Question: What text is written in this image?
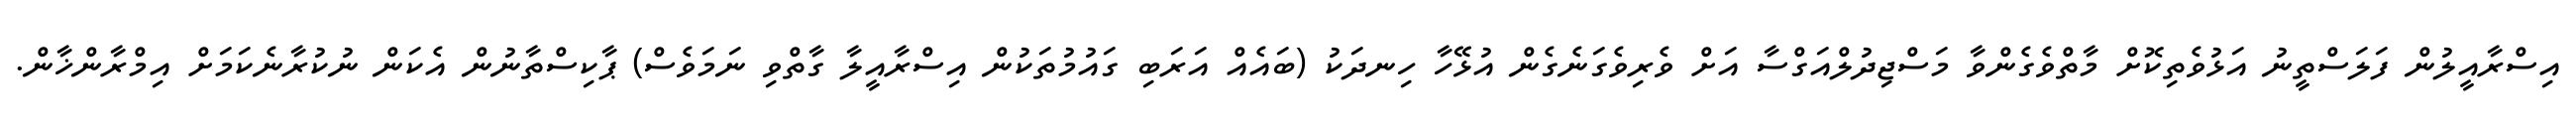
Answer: އިސްރާއީލުން ފަލަސްތީނު އަޅުވެތިކޮށް މާތްވެގެންވާ މަސްޖިދުލްއަގްސާ އަށް ވެރިވެގަނެގެން އުޅޭހާ ހިނދަކު (ބައެއް އަރަބި ގައުމުތަކުން އިސްރާއީލާ ގާތްވި ނަމަވެސް) ޕާކިސްތާނުން އެކަން ނުކުރާނެކަމަށް އިމްރާންޚާން.